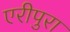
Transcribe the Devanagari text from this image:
एरीपुरा